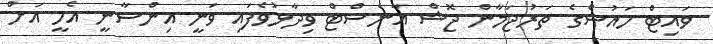
ވައިޓް ހައުސްގެ ތަރުޖަމާން ޖޮޝް އާނެސްޓް ވިދާޅުވެފައި ވަނީ އިންސާނީ އެހީ އަށް